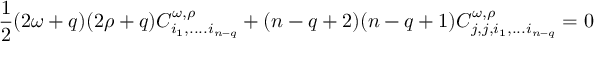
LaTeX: \frac 1 2 ( 2 \omega + q ) ( 2 \rho + q ) C _ { i _ { 1 } , . . . . i _ { n - q } } ^ { \omega , \rho } + ( n - q + 2 ) ( n - q + 1 ) C _ { j , j , i _ { 1 } , . . . i _ { n - q } } ^ { \omega , \rho } = 0 ~ ~ ~